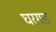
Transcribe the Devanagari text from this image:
घरगड